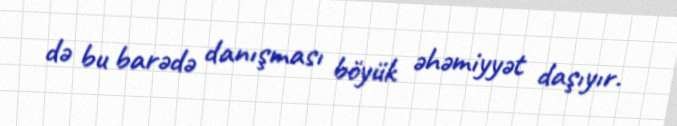
də bu barədə danışması böyük əhəmiyyət daşıyır.